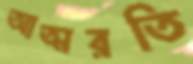
আত্মরতি